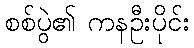
စစ်ပွဲ၏ ကနဦးပိုင်း